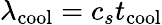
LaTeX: \lambda_{\mathrm{cool}}=c_{s}t_{\mathrm{cool}}